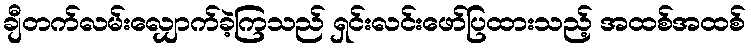
ချီတက်လမ်းလျှောက်ခဲ့ကြသည် ရှင်းလင်းဖော်ပြထားသည့် အထစ်အထစ်